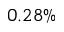
0 . 2 8 \%